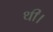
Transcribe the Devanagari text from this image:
थी।